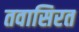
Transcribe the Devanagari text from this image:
तवासिरत